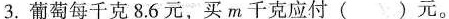
3.葡萄每千克8.6元，买m千克应付( )元。